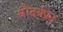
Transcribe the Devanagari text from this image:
सौंदर्यप्रद